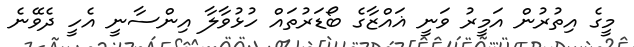
މީގެ އިތުރުން އަމީރު ވަނީ ޣައްޒާގެ ބޯޑަރުތައް ހުޅުވާލާ އިންސާނީ އެހީ ދެވޭނެ